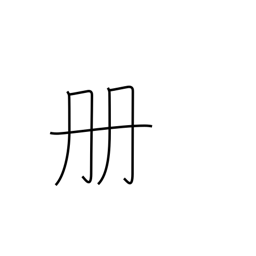
Meaning: counter for books